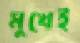
মুখেই